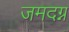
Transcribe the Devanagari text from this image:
जमदग्न